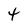
Character: 4